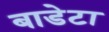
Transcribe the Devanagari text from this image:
बाडेटा